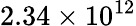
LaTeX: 2.34\times 10^{12}